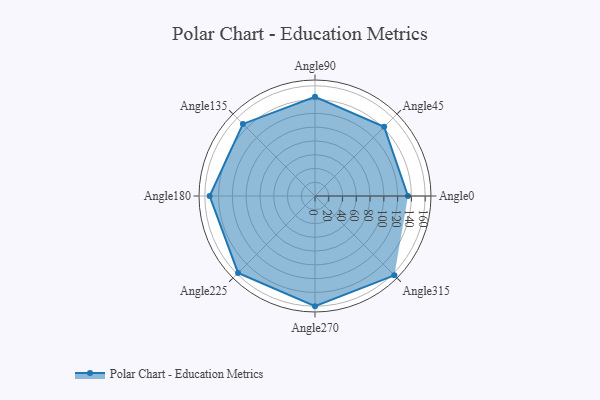
{"axis": {"x": "Angle", "y": "Radius"}, "legend": [""], "data": [{"x": "Angle0", "y": 135.0, "type": ""}, {"x": "Angle45", "y": 142.0, "type": ""}, {"x": "Angle90", "y": 144.0, "type": ""}, {"x": "Angle135", "y": 148.0, "type": ""}, {"x": "Angle180", "y": 153.0, "type": ""}, {"x": "Angle225", "y": 158.0, "type": ""}, {"x": "Angle270", "y": 160.0, "type": ""}, {"x": "Angle315", "y": 163.0, "type": ""}]}